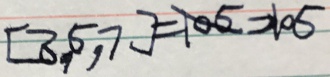
[ 3 , 5 , 7 ] = 1 0 5 = 1 0 5